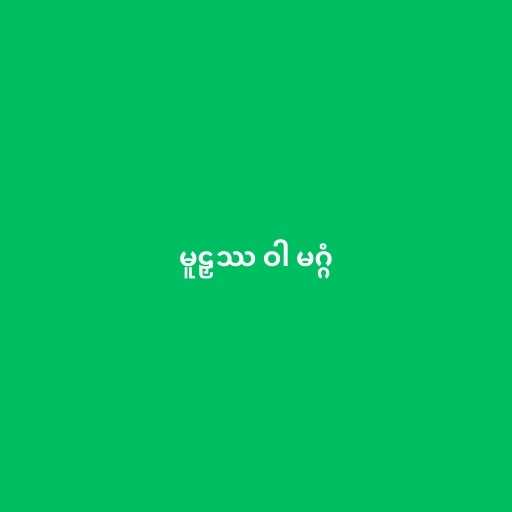
မူဠှဿ ဝါ မဂ္ဂံ